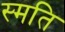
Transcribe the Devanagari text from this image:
स्मति